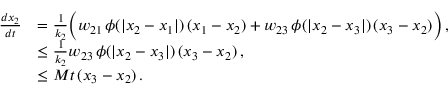
\begin{array} { r l } { \frac { d x _ { 2 } } { d t } } & { = \frac { 1 } { k _ { 2 } } \Big ( w _ { 2 1 } \, \phi ( | x _ { 2 } - x _ { 1 } | ) \, ( x _ { 1 } - x _ { 2 } ) + w _ { 2 3 } \, \phi ( | x _ { 2 } - x _ { 3 } | ) \, ( x _ { 3 } - x _ { 2 } ) \Big ) \, , } \\ & { \leq \frac { 1 } { k _ { 2 } } w _ { 2 3 } \, \phi ( | x _ { 2 } - x _ { 3 } | ) \, ( x _ { 3 } - x _ { 2 } ) \, , } \\ & { \leq M t \, ( x _ { 3 } - x _ { 2 } ) \, . } \end{array}